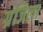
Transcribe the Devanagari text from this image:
ग्रंजिला